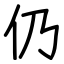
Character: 仍